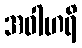
အဝါဟရိ